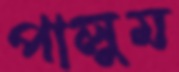
পালুম